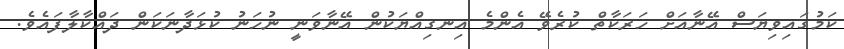
ކަމުގައިވިޔަސް އޭނާއަށް ހަރަކާތް ކުރެވޭ އެންމެ އިނގިއްޔަކުން އޭނާވަނީ ނުހަނު ކުޅަދާނަކަން ދައްކާލާފައެވެ.